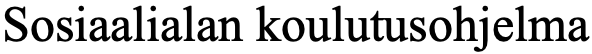
Sosiaalialan koulutusohjelma